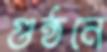
গুন্ঠনে